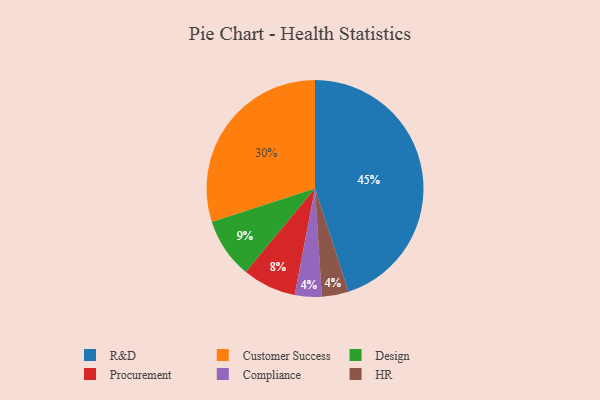
{"axis": {"x": "Category", "y": "Percentage"}, "legend": ["Compliance", "Customer Success", "Design", "HR", "Procurement", "R&D"], "data": [{"x": "Procurement", "y": 8, "type": "Procurement"}, {"x": "R&D", "y": 45, "type": "R&D"}, {"x": "Compliance", "y": 4, "type": "Compliance"}, {"x": "Customer Success", "y": 30, "type": "Customer Success"}, {"x": "HR", "y": 4, "type": "HR"}, {"x": "Design", "y": 9, "type": "Design"}]}